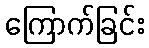
ကြောက်ခြင်း